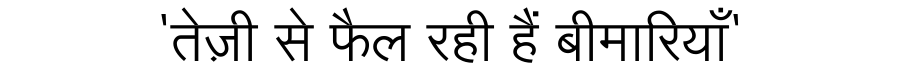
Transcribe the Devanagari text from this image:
'तेज़ी से फैल रही हैं बीमारियाँ'